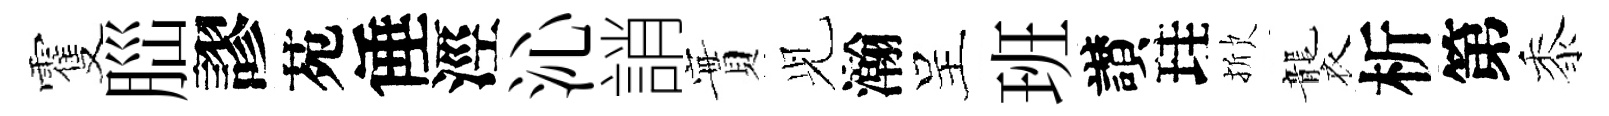
䨥𦛁謬苑倕涇沁誚實𫤗瀚呈班讃珪掀襲析第黍